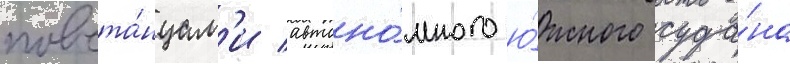
повста́нцам'и автоно́много ю́жного суда́на